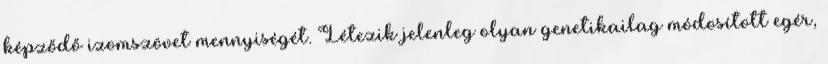
képződő izomszövet mennyiségét. Létezik jelenleg olyan genetikailag módosított egér,